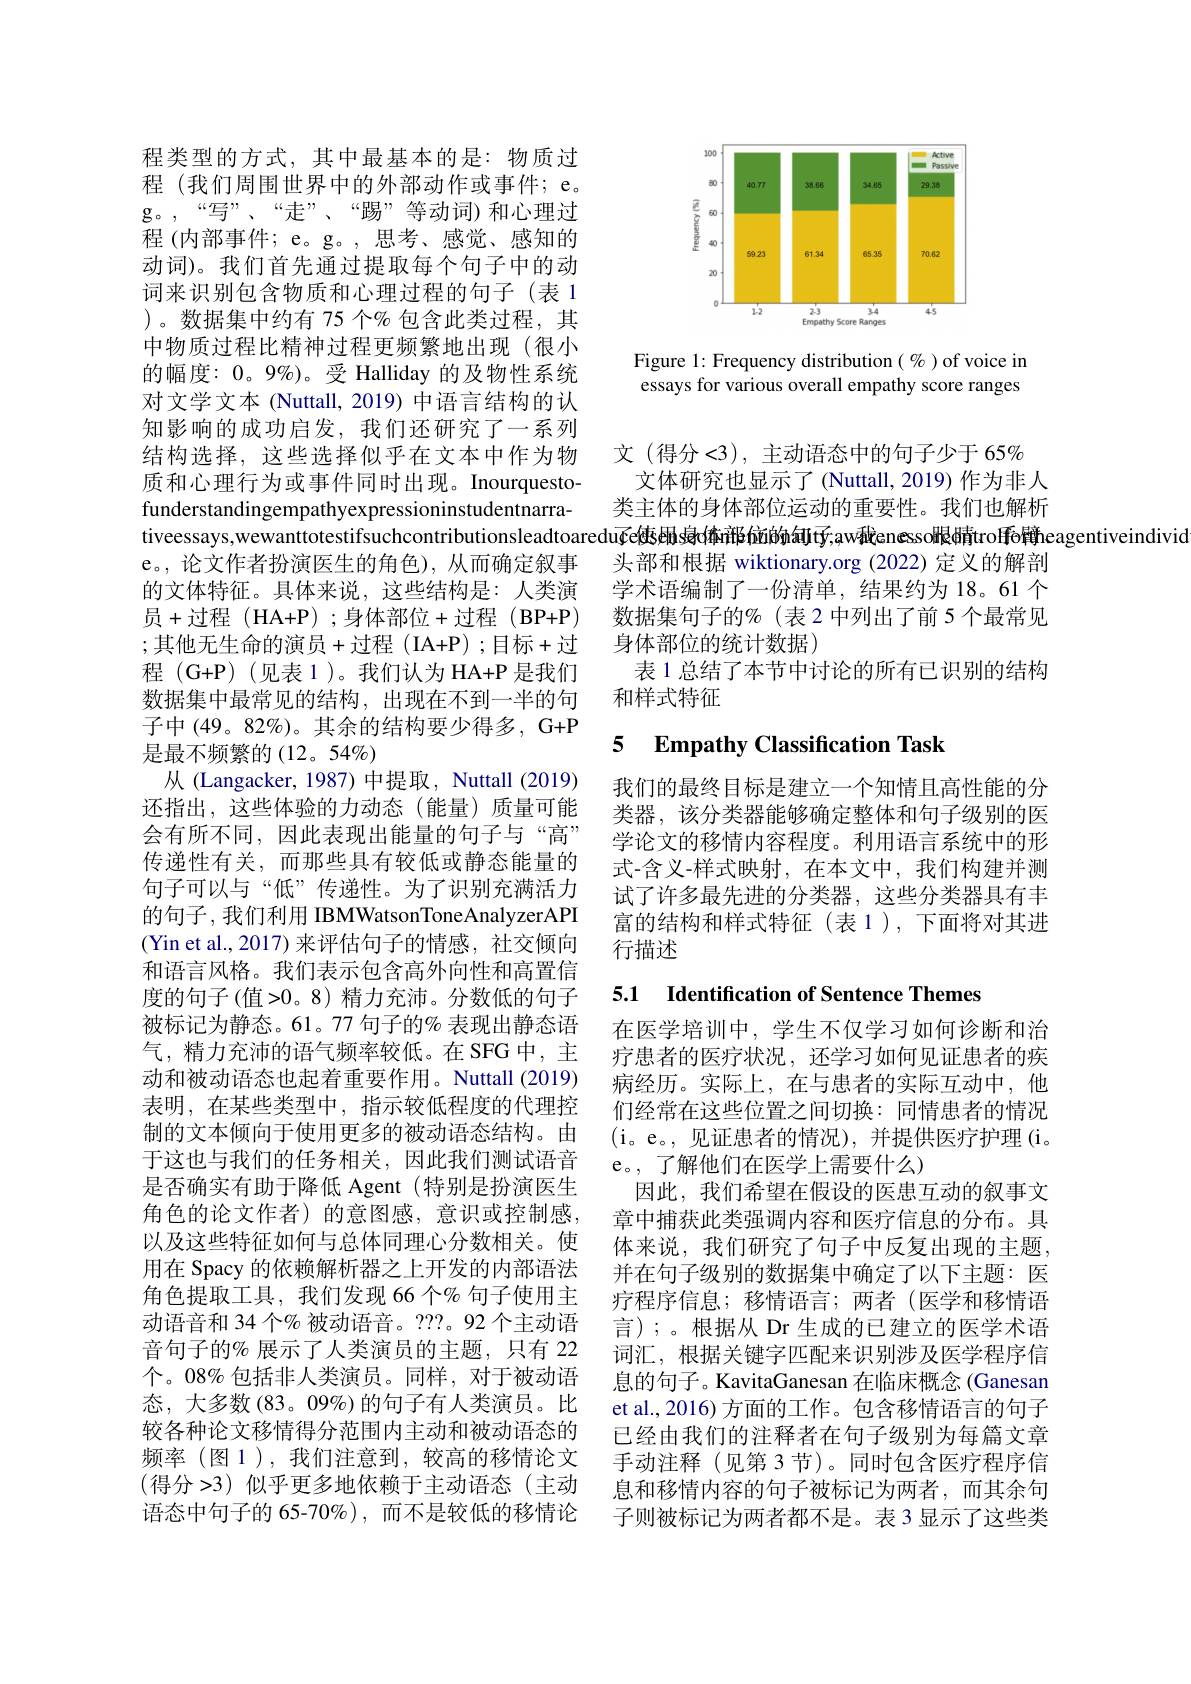
程类型的方式，其中最基本的是：物质过程 (我们周围世界中的外部动作或事件；e。g。,“写”、“走”、“踢”等动词)和心理过程 (内部事件；e。g。, 思考、感觉、感知的动词)。我们首先通过提取每个句子中的动词来识别包含物质和心理过程的句子(表 1 )。数据集中约有 75 个% 包含此类过程，其中物质过程比精神过程更频繁地出现(很小的幅度：0。9%)。受 Halliday 的及物性系统对文学文本 (Nuttall, 2019) 中语言结构的认知影响的成功启发，我们还研究了一系列结构选择，这些选择似乎在文本中作为物质和心理行为或事件同时出现。Inourquestofunderstandingempathyexpressioninstudentnarrae。,论文作者扮演医生的角色),从而确定叙事的文体特征。具体来说，这些结构是：人类演员+过程(HA+P);身体部位+过程(BP+P) ;其他无生命的演员+过程(I$A+ P) ;$目标+过程 (G+P) (见表1)。我们认为 HA+P 是我们数据集中最常见的结构，出现在不到一半的句子中 (49。82%)。其余的结构要少得多，G+P 是最不频繁的(12。54%)
从 (Langacker, 1987) 中提取，Nuttall (2019) 还指出，这些体验的力动态(能量)质量可能会有所不同，因此表现出能量的句子与“高” 传递性有关，而那些具有较低或静态能量的句子可以与“低”传递性。为了识别充满活力的句子，我们利用 IBMWatsonToneAnalyzerAPI (Yin et al.,2017)来评估句子的情感，社交倾向和语言风格。我们表示包含高外向性和高置信度的句子(值>0。8) 精力充沛。分数低的句子被标记为静态。61。77 句子的% 表现出静态语气，精力充沛的语气频率较低。在 SFG 中，主动和被动语态也起着重要作用。Nuttall (2019) 表明，在某些类型中，指示较低程度的代理控制的文本倾向于使用更多的被动语态结构。由于这也与我们的任务相关，因此我们测试语音是否确实有助于降低 Agent (特别是扮演医生角色的论文作者)的意图感，意识或控制感， 以及这些特征如何与总体同理心分数相关。使用在 Spacy 的依赖解析器之上开发的内部语法角色提取工具，我们发现 66 个% 句子使用主动语音和 34 个% 被动语音。???。92 个主动语音句子的% 展示了人类演员的主题，只有 22个。08% 包括非人类演员。同样，对于被动语态，大多数(83。09%)的句子有人类演员。比较各种论文移情得分范围内主动和被动语态的频率(图1),我们注意到，较高的移情论文(得分 >3) 似乎更多地依赖于主动语态(主动语态中句子的 65-70%),而不是较低的移情论

<FigureHere>

Figure 1: Frequency distribution $(\%)$ of voice in essays for various overall empathy score ranges

文(得分<3),主动语态中的句子少于65%
文体研究也显示了(Nuttall,2019)作为非人类主体的身体部位运动的重要性。我们也解析
tiveessays,wewanttotestifsuchcontributionsleadtoaredu$\widetilde{\zeta}$e使sehs象d本r部的ión幻tý,aw我enesso眼睛trolfe觭eagentiveindivid
头部和根据 wiktionary.org (2022)定义的解剖学术语编制了一份清单，结果约为 18。61 个数据集句子的%(表2中列出了前5个最常见身体部位的统计数据)
表 1 总结了本节中讨论的所有已识别的结构
和样式特征

## 5 Empathy Classification Task

我们的最终目标是建立一个知情且高性能的分类器，该分类器能够确定整体和句子级别的医学论文的移情内容程度。利用语言系统中的形式-含义-样式映射，在本文中，我们构建并测试了许多最先进的分类器，这些分类器具有丰富的结构和样式特征(表1),下面将对其进行描述

## 5.1 Identification of Sentence Themes

在医学培训中，学生不仅学习如何诊断和治疗患者的医疗状况，还学习如何见证患者的疾病经历。实际上，在与患者的实际互动中，他们经常在这些位置之间切换：同情患者的情况(i。e。,见证患者的情况),并提供医疗护理(i。e。,了解他们在医学上需要什么)
因此，我们希望在假设的医患互动的叙事文章中捕获此类强调内容和医疗信息的分布。具体来说，我们研究了句子中反复出现的主题， 并在句子级别的数据集中确定了以下主题：医疗程序信息；移情语言；两者(医学和移情语言);。根据从 Dr 生成的已建立的医学术语词汇，根据关键字匹配来识别涉及医学程序信息的句子。KavitaGanesan 在临床概念 (Ganesan et al., 2016) 方面的工作。包含移情语言的句子已经由我们的注释者在句子级别为每篇文章手动注释(见第3节)。同时包含医疗程序信息和移情内容的句子被标记为两者，而其余句子则被标记为两者都不是。表3显示了这些类